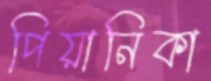
পিয়ানিকা